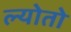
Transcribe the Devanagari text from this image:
ल्योतो